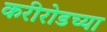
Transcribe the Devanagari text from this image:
करीरोडच्या